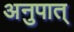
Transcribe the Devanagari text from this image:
अनुपात्